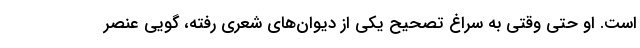
است. او حتی وقتی به سراغ تصحیح یکی از دیوان‌های شعری رفته، گویی عنصر